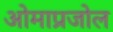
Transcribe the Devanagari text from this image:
ओमाप्रजोल